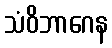
သံဝိဘာဂေန